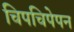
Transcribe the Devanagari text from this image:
चिपचिपेपन